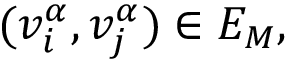
( v _ { i } ^ { \alpha } , v _ { j } ^ { \alpha } ) \in E _ { M } ,